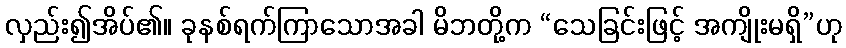
လှည်း၍အိပ်၏။ ခုနစ်ရက်ကြာသောအခါ မိဘတို့က “သေခြင်းဖြင့် အကျိုးမရှိ”ဟု